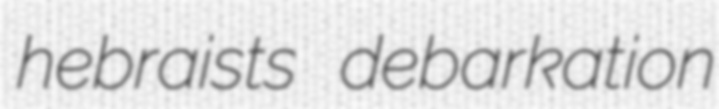
hebraists debarkation